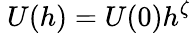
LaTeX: \ U(h)=U(0)h^{\zeta}